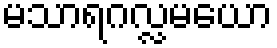
မသာရဂလ္လမယော